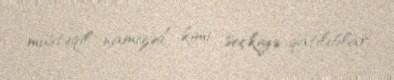
müstəqil namizəd kimi seçkiyə qatılıblar.